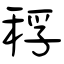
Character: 稃